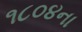
૧૮૦૪ના